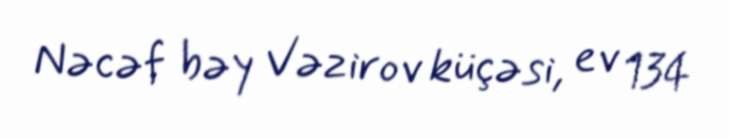
Nəcəf bəy Vəzirov küçəsi, ev 134